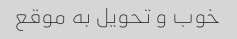
خوب و تحویل به موقع